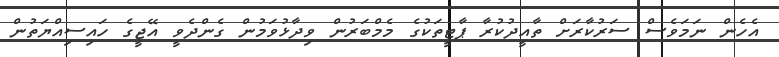
އެހެން ނަމަވެސް ސަރުކާރަށް ތާއީދުކުރާ ޕާޓީތަކުގެ މެމްބަރުން ވިދާޅުވަމުން ގެންދެވީ އޭޖީގެ ހައިސިއްޔަތުން